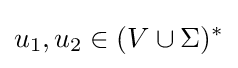
u_{1},u_{2}\in (V\cup \Sigma )^{*}